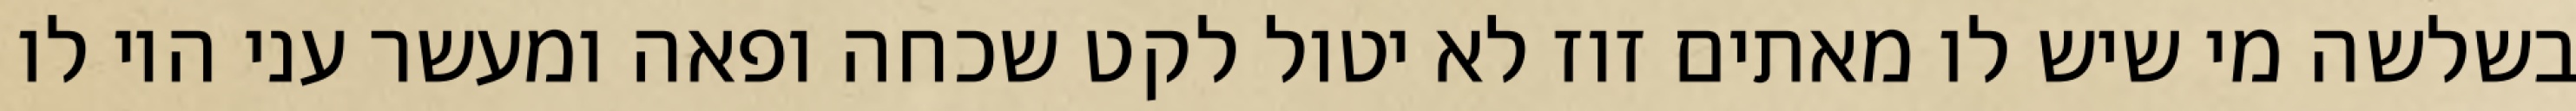
בשלשה מי שיש לו מאתים זוז לא יטול לקט שכחה ופאה ומעשר עני היו לו